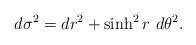
LaTeX: \begin{align*}d\sigma^2 = dr^2 + \sinh^2 r \ d\theta^2.\end{align*}